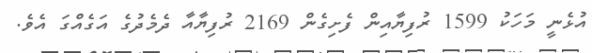
އުޅެނީ މަހަކު 1599 ރުފިޔާއިން ފެށިގެން 2169 ރުފިޔާއާ ދެމެދުގެ އަގެއްގަ އެވެ.